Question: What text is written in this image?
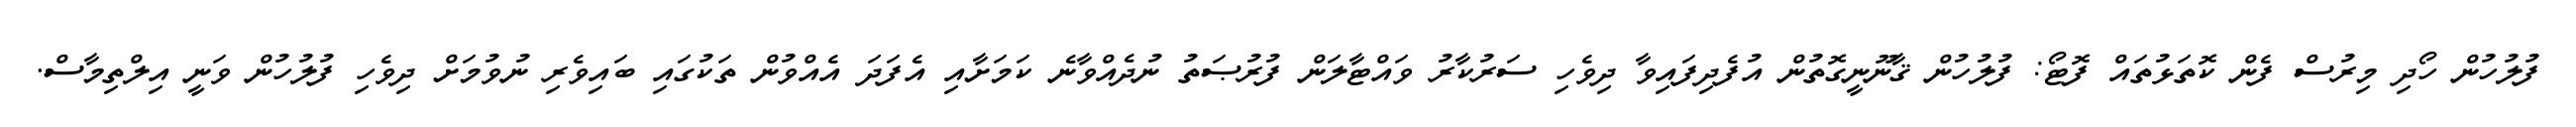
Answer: ފުލުހުން ހޯދި މިރުސް ފެން ކޮތަޅުތައް ފޮޓޯ: ފުލުހުން ޤާނޫނީގޮތުން އުފެދިފައިވާ ދިވެހި ސަރުކާރު ވައްޓާލަން ފުރުޞަތު ނުދެއްވާނެ ކަމަށާއި އެފަދަ އެއްވުން ތަކުގައި ބައިވެރި ނުވުމަށް ދިވެހި ފުލުހުން ވަނީ އިލްތިމާސް.